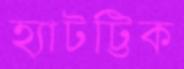
হ্যাটট্টিক